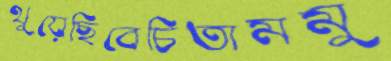
থুয়েছিবেচিতামমু